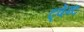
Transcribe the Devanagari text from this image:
ट्वेन्ट